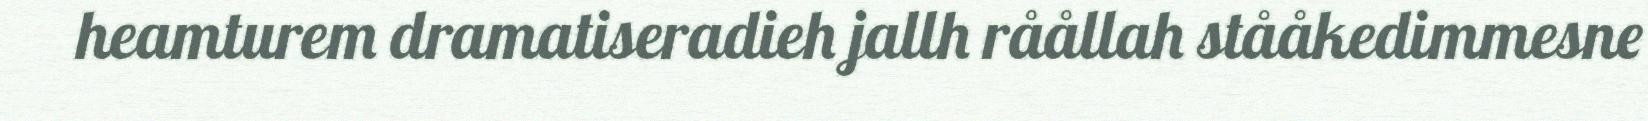
heamturem dramatiseradieh jallh råållah stååkedimmesne